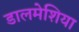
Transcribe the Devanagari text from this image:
डालमेशिया